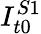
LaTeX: I_{t0}^{S1}